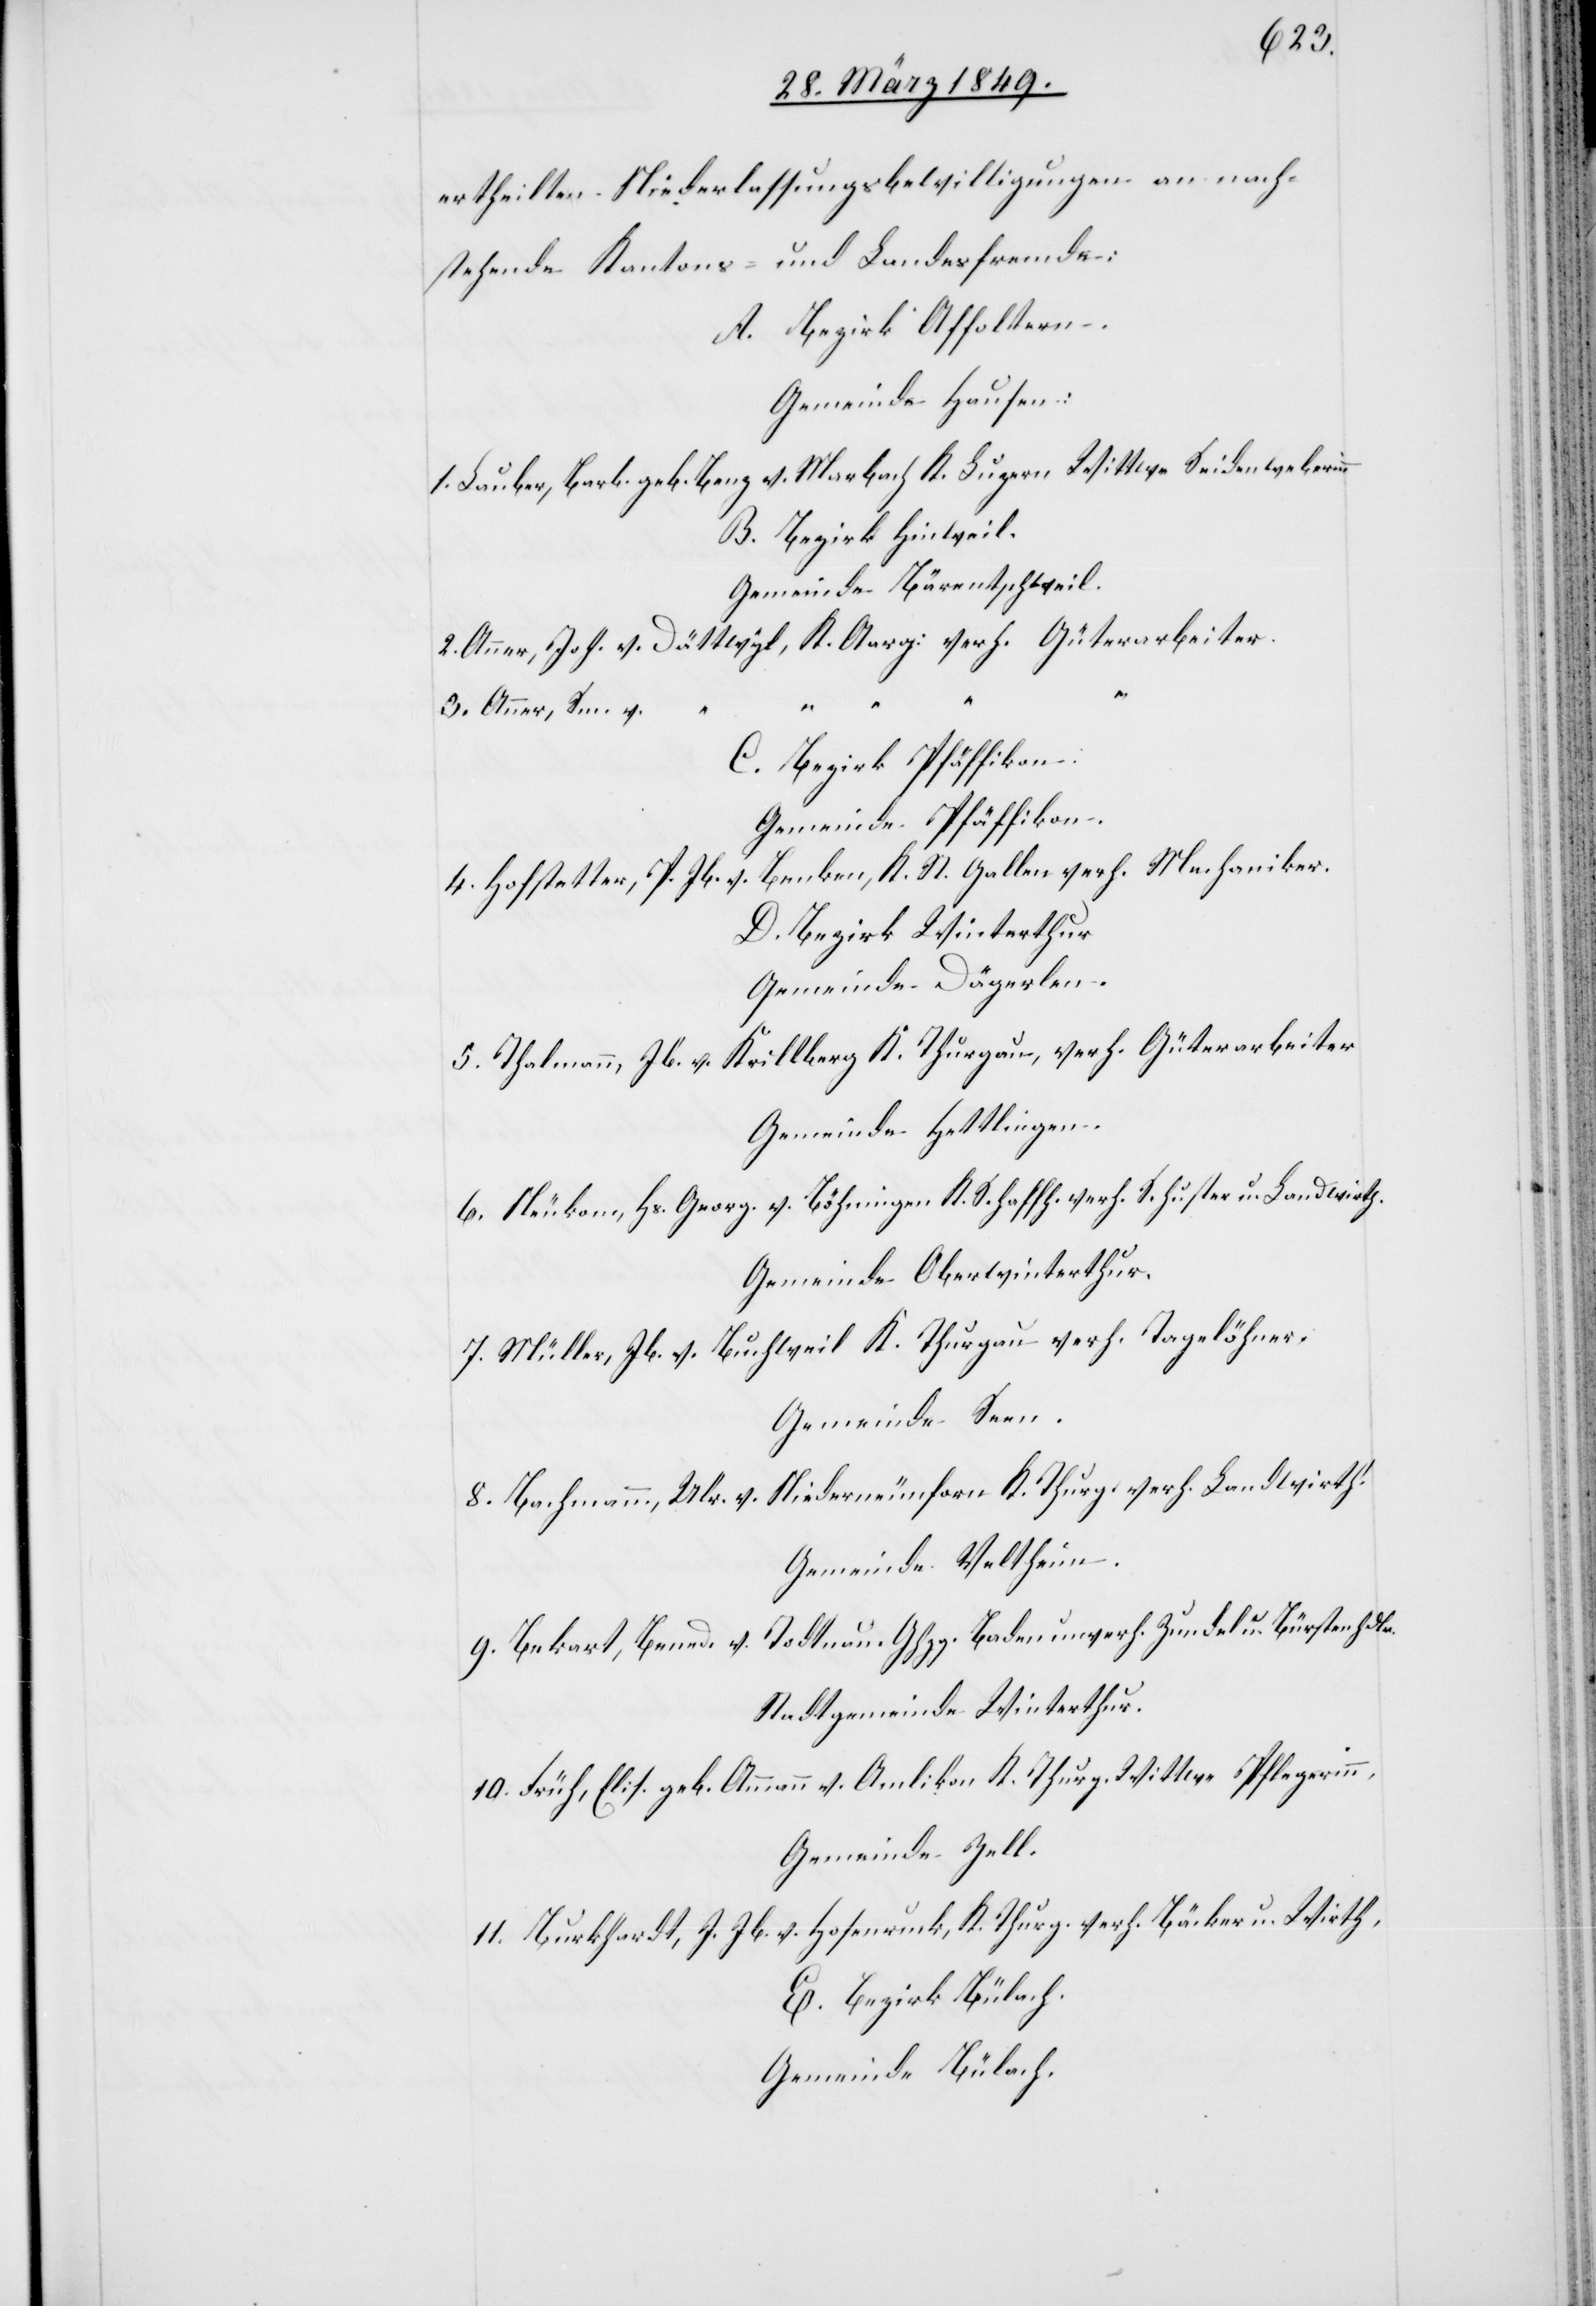
ertheilten Niederlassungsbewilligungen an nach¬
stehende Kantons- und Landesfremde:
A. Bezirk Affoltern.
Gemeinde Hausen:
1. Lauber, Barb. geb. Benz v. Marbach K. Luzern Wittwe Seidenweberinn
B. Bezirk Hinweil.
Gemeinde Bärentschweil.
2. Anner, Joh. v. Dättwyl, K. Aarg: verh. Güterarbeiter.
n.
3. Anner, Sm. v.
C. Bezirk Pfäffikon:
Gemeinde Pfäffikon.
4. Hofstetter, P. Jb. v. Benken K. St. Gallen verh. Mechaniker.
D. Bezirk Winterthur
Gemeinde Dägerlen.
5. Thalmann, Jb. v. Krillberg K. Thurgau, verh. Güterarbeiter
Gemeinde Hettlingen.
6. Neukom, Hs. Georg. v. Böhningen [recte: ?Löhningen] K. Schaffh. verh.
Gemeinde Oberwinterthur.
7. Müller, Jb. v. Buchweil K. Thurgau verh. Tagelöhner.
Gemeinde Seen.
8. Bachmann, Ulr. v. Niederneunforn K. Thurg. verh. Landwirth.
Gemeinde Veltheim.
9. Bekart, Bened. v. Todtnau. Ghzg. Baden unverh. Zundel u. Bürstenhdlr.
Stadtgemeinde Winterthur.
10. Früh, Elis. geb. Ammann v. Amlikon K. Thurg. Wittwe Pflegerin¬
Gemeinde Zell.
11. Burkhardt, J. Jb. v. Hosenruck, K. Thurg. verh. Bäcker u. Wirth,
E. Bezirk Bülach.
Gemeinde Bülach.